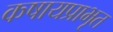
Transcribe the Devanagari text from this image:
कषायप्राभृत